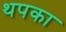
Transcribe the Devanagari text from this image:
थपका